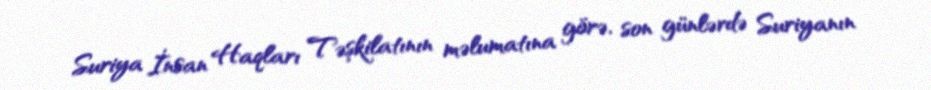
Suriya İnsan Haqları Təşkilatının məlumatına görə, son günlərdə Suriyanın